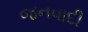
જનવાદી